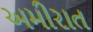
અમીરાત